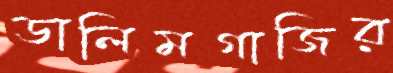
ডালিমগাজির